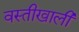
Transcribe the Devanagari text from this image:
वस्तीखाली